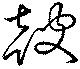
皷